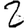
Digit: 2